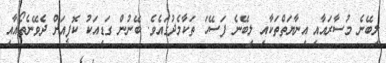
ލިބޭނެ މުސާރައާއި އިނާޔަތްތަކާއި ލިބޭނެ ފަސޭހަ ތަކާމެދުގައެވެ. ބޭނުން ގަޑިއަކު ކޮފީއަށް ދެވޭނެތޯއާއި